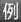
例